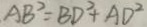
A B ^ { 2 } = B D ^ { 2 } + A D ^ { 2 }